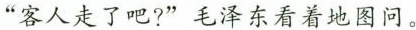
”客人走了吧?”毛泽东看着地图问。